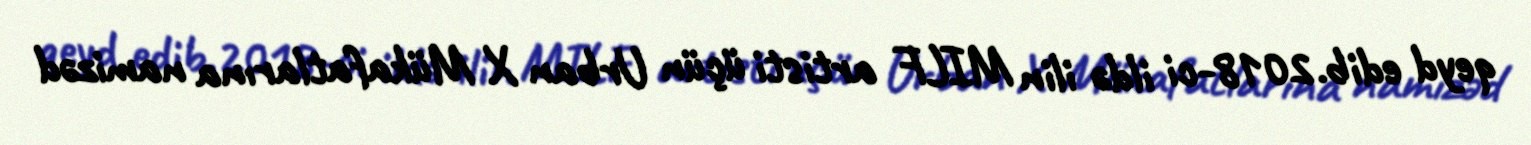
qeyd edib.2018-ci ildə ilin MILF artisti üçün Urban X Mükafatlarına namizəd